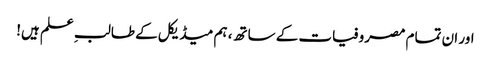
اور ان تمام مصروفیات کے ساتھ، ہم میڈیکل کے طالبِ علم ہیں!